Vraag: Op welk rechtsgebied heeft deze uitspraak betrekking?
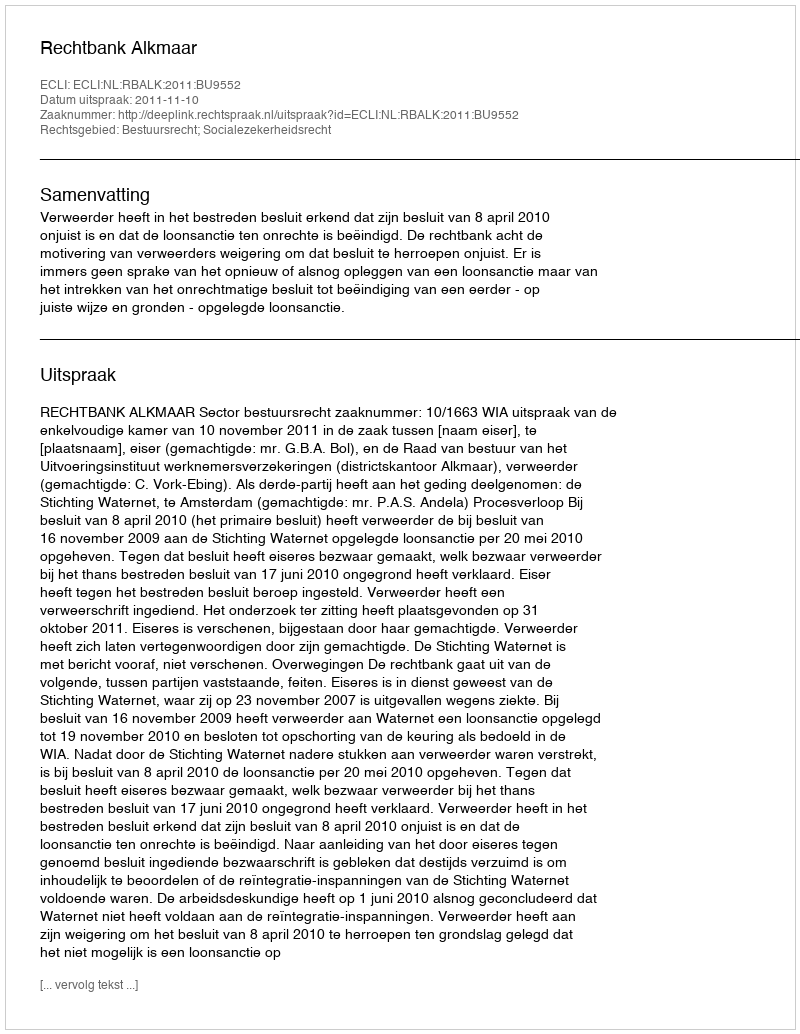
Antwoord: Bestuursrecht; Socialezekerheidsrecht